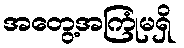
အတွေ့အကြုံမရှိ